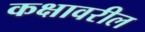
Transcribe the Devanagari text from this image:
कक्षावरील